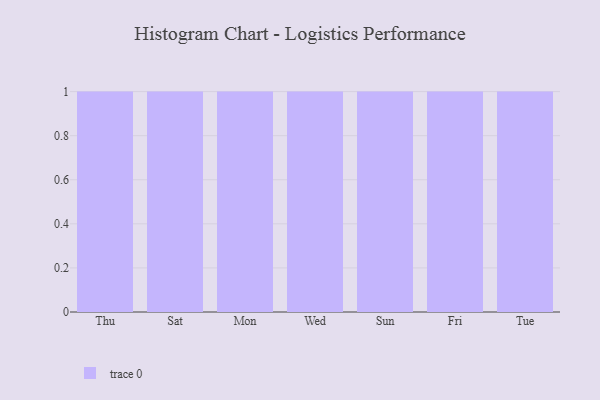
{"axis": {"x": "Day", "y": "Market Share (%)"}, "legend": [""], "data": [{"x": "Thu", "y": 83, "type": ""}, {"x": "Sat", "y": 3, "type": ""}, {"x": "Mon", "y": 94, "type": ""}, {"x": "Wed", "y": 22, "type": ""}, {"x": "Sun", "y": 57, "type": ""}, {"x": "Fri", "y": 55, "type": ""}, {"x": "Tue", "y": 31, "type": ""}]}